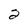
Character: 2